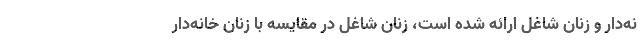
نه‌دار و زنان شاغل ارائه شده است، زنان شاغل در مقایسه با زنان خانه‌دار